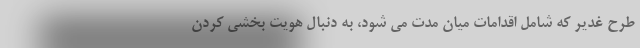
طرح غدیر که شامل اقدامات میان مدت می شود، به دنبال هویت بخشی کردن